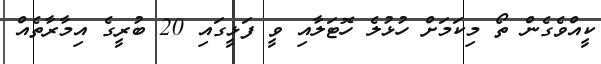
ކީއްވެގެން ތޯ މިކަމަށް ހުޅުލެ ހޮޓަލާއި ވީ ފަޅީގައި 20 ބުރީގެ އިމާރާތެއް